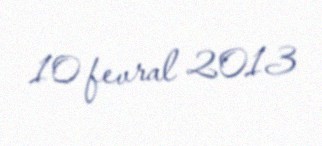
10 fevral 2013